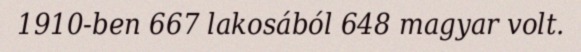
1910-ben 667 lakosából 648 magyar volt.